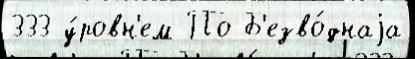
333 у́ровн'ем По Б'езво́днаjа